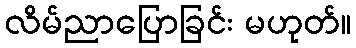
လိမ်ညာပြောခြင်း မဟုတ်။